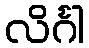
လိင်္ဂါ